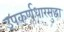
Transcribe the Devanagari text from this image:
उपकर्णधारसुद्धा